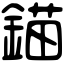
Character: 錨